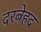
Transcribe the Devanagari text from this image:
दरबेहद